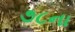
૭૮ના